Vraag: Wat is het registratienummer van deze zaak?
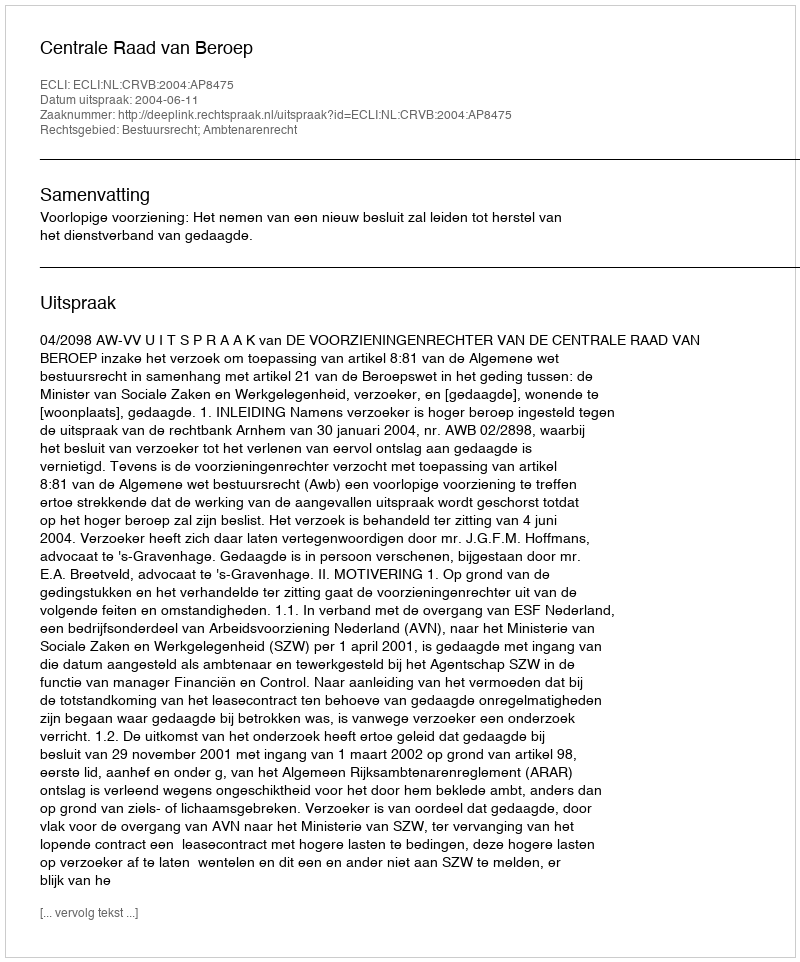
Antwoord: http://deeplink.rechtspraak.nl/uitspraak?id=ECLI:NL:CRVB:2004:AP8475